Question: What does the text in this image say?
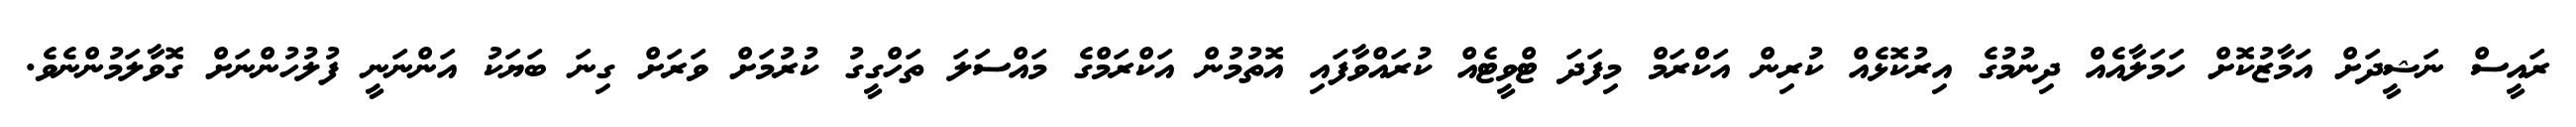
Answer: ރައީސް ނަޝީދަށް އަމާޒުކޮށް ހަމަލާއެއް ދިނުމުގެ އިރުކޮޅެއް ކުރިން އަކްރަމް މިފަދަ ޓްވީޓެއް ކުރައްވާފައި އޮތުމުން އަކްރަމްގެ މައްސަލަ ތަހްގީގު ކުރުމަށް ވަރަށް ގިނަ ބަޔަކު އަންނަނީ ފުލުހުންނަށް ގޮވާލަމުންނެވެ.